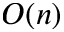
O ( n )